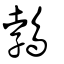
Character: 鵓